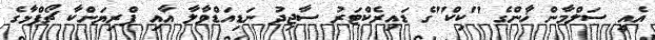
އެއީ ސަލްމާން ޚާންގެ "ކިކް"ގެ ޑައިރެކްޓަރު ސާޖިދު ނަޑިއަޑްވާލާ އާއި ޕްރިޔަންކާ ޗޯޕްޅާގެ